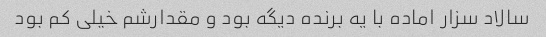
سالاد سزار اماده با یه برنده دیگه بود و مقدارشم خیلی کم بود